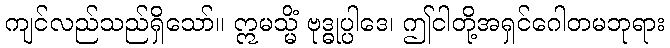
ကျင်လည်သည်ရှိသော်။ ဣမသ္မိံ ဗုဒ္ဓုပ္ပါဒေ၊ ဤငါတို့အရှင်ဂေါတမဘုရား